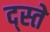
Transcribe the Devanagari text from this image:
द्स्ते